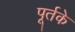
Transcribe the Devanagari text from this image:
पूर्तके